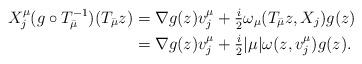
LaTeX: \begin{align*}X_j^\mu (g\circ T_{\bar\mu}^{-1}) (T_{\bar\mu} z)& = \nabla g(z)v^\mu_j + \tfrac i 2 \omega_\mu(T_{\bar\mu} z, X_j) g(z) \\& = \nabla g(z)v^\mu_j + \tfrac i 2 |\mu| \omega(z,v^\mu_j) g(z).\end{align*}